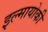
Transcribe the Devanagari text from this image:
इल्मायोकी